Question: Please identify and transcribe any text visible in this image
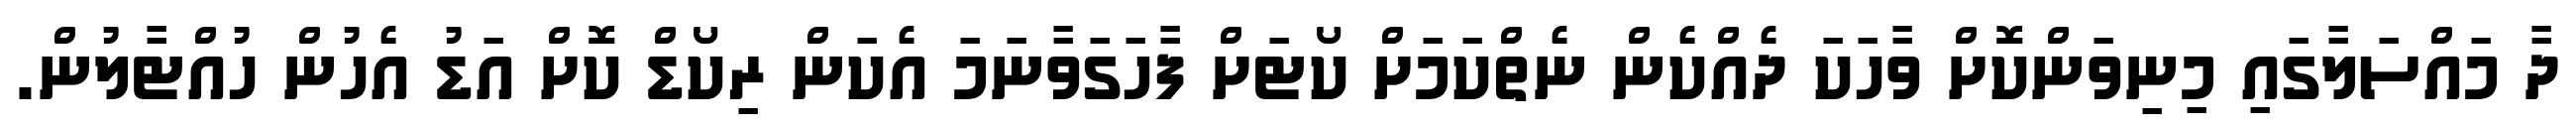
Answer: ދާ މައްސަލާގައި މިނިވަންކޮށް ވާހަކަ ދެއްކެން ނެތްކަމަށް ކޯޓަށް ފާހަގަވާނަމަ އެކަން ރިކޯޑް ކޮށް އަޑު އެހުން ހުއްޓާލުން.